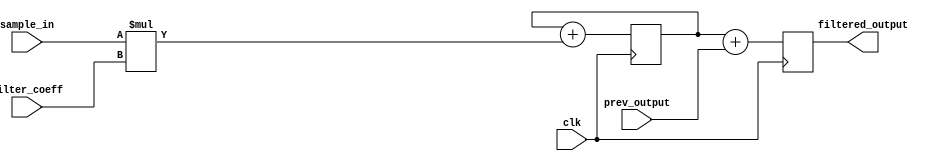
module iir_filter_accumulator (
    input clk,
    input [15:0] sample_in,
    input [15:0] prev_output,
    input [15:0] filter_coeff,
    output reg [15:0] filtered_output
);

reg [15:0] accumulator;

always @(posedge clk) begin
    accumulator <= accumulator + (sample_in * filter_coeff);
    filtered_output <= accumulator + prev_output;
end

endmodule